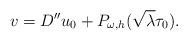
LaTeX: \begin{align*}v=D''u_0+P_{\omega,h}(\sqrt{\lambda}\tau_0).\end{align*}